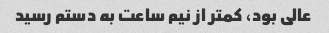
عالی بود، کمتر از نیم ساعت به دستم رسید